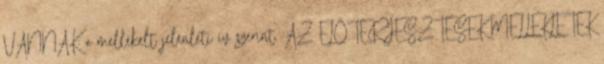
VANNAK: a mellékelt jelenléti ív szerint. AZ ELŐTERJESZTÉSEK MELLÉKLETEK